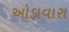
ઓડાવારા